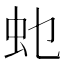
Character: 𮓲